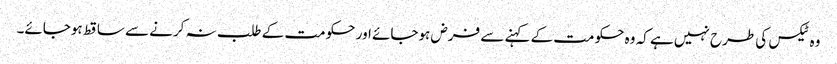
وہ ٹیکس کی طرح نہیں ہے کہ وہ حکومت کے کہنے سے فرض ہوجائے اور حکومت کے طلب نہ کرنے سے ساقط ہوجائے۔